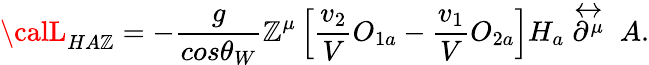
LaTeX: {\calL}_{HA\mathbb{Z}}=-\frac{{g}}{{cos\theta_{W}}}\mathbb{Z}^{\mu}\left[\frac{{v_{2}}}{{V}}O_{1a}-\frac{{v_{1}}}{{V}}O_{2a}\right]H_{a}\stackrel{\leftrightarrow}{\partial^{\mu}}\; A.